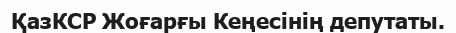
ҚазКСР Жоғарғы Кеңесінің депутаты.